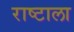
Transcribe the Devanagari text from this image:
राष्टाला